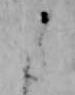
た